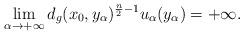
LaTeX: \begin{align*}\lim_{\alpha\rightarrow+\infty}d_g(x_0,y_\alpha)^{\frac{n}{2}-1}u_\alpha(y_\alpha) = +\infty.\end{align*}